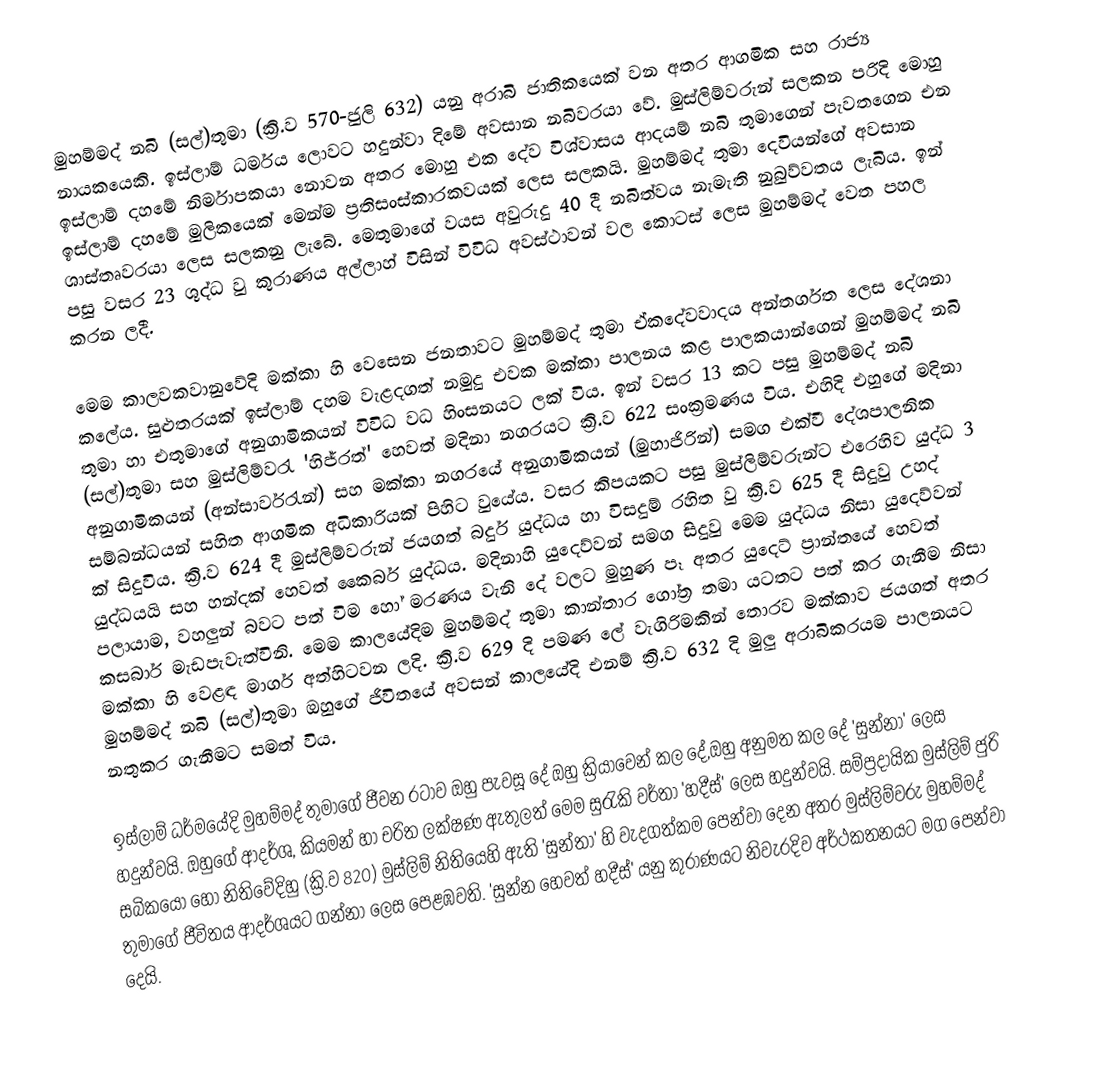
මුහම්මද් නබි (සල්)තුමා (ක්‍රි.ව 570-ජුලි  632) යනු අරාබි ජාතිකයෙක් වන අතර ආගමික සහ රාජ්‍ය  නායකයෙකි. ඉස්ලාම් ධර්මය ලොවට හදුන්වා දිමේ අවසාන නබිවරයා වේ. මුස්ලිම්වරුන් සලකන පරිදි මොහු ඉස්ලාම් දහමේ නිර්මාපකයා නොවන අතර මොහු එක දේව විශ්වාසය ආදයම් නබි තුමාගෙන් පැවතගෙන එන ඉස්ලාම් දහමේ  මුලිකයෙක් මෙන්ම ප්‍රතිසංස්කාරකවයක් ලෙස සලකයි.  මුහම්මද් තුමා  දෙවියන්ගේ  අවසාන ශාස්තෘවරයා ලෙස සලකනු ලැබේ. මෙතුමාගේ  වයස අවුරුදු 40  දී නබිත්වය නැමැති නුබුව්වතය ලැබිය. ඉන් පසු   වසර 23 ශුද්ධ වු කුරාණය අල්ලාහ් විසින් විවිධ අවස්ථාවන් වල කොටස් ලෙස මුහම්මද්  වෙත පහල කරන ලදී.

මෙම කාලවකවානුවේදි  මක්කා හි වෙසෙන ජනතාවට  මුහම්මද් තුමා ඒකදේවවාදය අන්තර්ගත ලෙස දේශනා කලේය. සුළුතරයක් ඉස්ලාම් දහම වැළදගත් නමුදු එවක මක්කා පාලනය කළ පාලකයාන්ගෙන් මුහම්මද් නබි තුමා හා එතුමාගේ අනුගාමිකයන් විවිධ වධ හිංසනයට  ලක් විය. ඉන් වසර 13 කට පසු මුහම්මද් නබි (සල්)තුමා   සහ මුස්ලිම්වරැ 'හිජ්රත්' හෙවත් මදිනා නගරයට  ක්‍රි.ව 622  සංක්‍රමණය විය. එහිදි එහුගේ මදිනා අනුගාමිකයන් (අන්සාර්වරැන්) සහ මක්කා නගරයේ අනුගාමිකයන් (මුහාජිරින්) සමග එක්වී දේශපාලනික සම්බන්ධයන් සහිත ආගමික අධිකාරියක් පිහිට වුයේය. වසර කිපයකට පසු මුස්ලිම්වරුන්ට  එරෙහිව යුද්ධ 3 ක් සිදුවිය.  ක්‍රි.ව 624 දී මුස්ලිම්වරුන් ජයගත් බදුර් යුද්ධය හා විසදුම් රහිත වු ක්‍රි.ව 625 දී  සිදුවු උහද් යුද්ධයයි සහ හන්දක් හෙවත් කෛබර් යුද්ධය. මදිනාහි යුදෙව්වන් සමග සිදුවු මෙම යුද්ධය නිසා යුදෙව්වන් පලායාම, වහලුන් බවට පත් විම හෝ මරණය වැනි දේ වලට මුහුණ පෑ අතර යුදෙට් ප්‍රාන්තයේ හෙවත් කසබාර් මැඩපැවැත්විනි. මෙම කාලයේදිම මුහම්මද් තුමා කාන්තාර ගෝත්‍ර තමා යටතට පත් කර ගැනීම නිසා මක්කා ‍හි වෙළඳ මාර්ග අත්හිටවන ලදි. ක්‍රි.ව 629 දි පමණ ලේ වැගිරිමකින් තොරව මක්කාව  ජයගත් අතර මුහම්මද් නබි (සල්)තුමා ඔහුගේ ජිවිතයේ අවසන් කාලයේදි එනම් ක්‍රි.ව 632 දි මුලු අරාබිකරයම පාලනයට නතුකර ගැනීමට සමත් විය.

ඉස්ලාම් ධර්මයේදි මුහම්මද් තුමාගේ ජීවන රටාව ඔහු පැවසූ දේ ඔහු ක්‍රියාවෙන් කල දේ,ඔහු අනුමත කල දේ 'සුන්නා' ලෙස හදුන්වයි. ඔහුගේ ආදර්ශ, කියමන් හා චරිත ලක්ෂණ ඇතුලත් මෙම සුරැකි වර්තා 'හදීස්' ලෙස හදුන්වයි. සම්ප්‍රදායික මුස්ලිම් ජුරි සබිකයෝ හෝ නිතිවේදිහු (ක්‍රි.ව 820) මුස්ලිම් නිතියෙහි ඇති 'සුන්තා' හි වැදගත්කම පෙන්වා දෙන අතර මුස්ලිම්වරු මුහම්මද් තුමාගේ ජීවිතය ආදර්ශයට ගන්නා ලෙස පෙළඹවති. 'සුන්න හෙවත් හදීස්' යනු කුරාණයට නිවැරදිව අර්ථකතනයට මග පෙන්වා දෙයි.